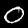
Digit: 0